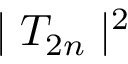
\mid T _ { 2 n } \mid ^ { 2 }